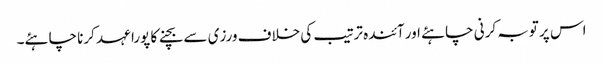
اس پر توبہ کرنی چاہئے اور آئندہ ترتیب کی خلاف ورزی سے بچنے کا پورا عہد کرنا چاہئے۔